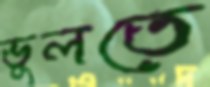
ভুলতে